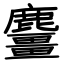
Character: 麠